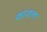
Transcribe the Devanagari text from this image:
कान्हला